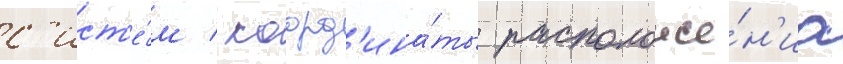
с'ист'е́м / коорд'ина́ты расположе́н'иа